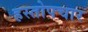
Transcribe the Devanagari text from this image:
हस्तोपचार